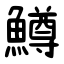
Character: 鱒